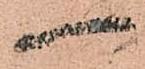
一